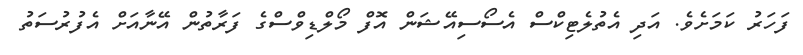
ފަހަރު ކަމަށެވެ. އަދި އެތުލެޓިކްސް އެސޯސިއޭޝަން އޮފް މޯލްޑިވްސްގެ ފަރާތުން އޭނާއަށް އެފުރުސަތު